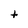
Character: t